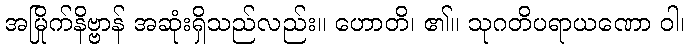
အမြိုက်နိဗ္ဗာန် အဆုံးရှိသည်လည်း။ ဟောတိ၊ ၏။ သုဂတိပရာယဏော ဝါ၊